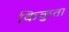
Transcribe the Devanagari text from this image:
किकुता